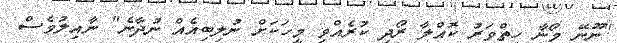
"ނޫނޭ މޯނާ ހިތްވަރު ކޮއްލާ ރޯދި ކުރެއްވި މީހަކަށް ނުލިބިއެއް ނުދާނެ" ނާއިލުވެސް